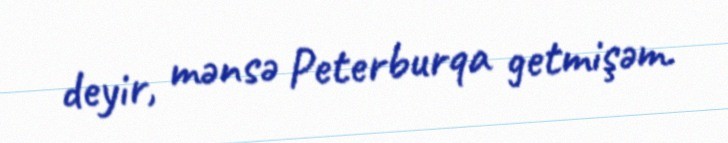
deyir, mənsə Peterburqa getmişəm.